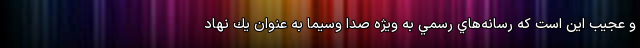
و عجيب اين است كه رسانه‌هاي رسمي به ويژه صدا وسیما به عنوان يك نهاد